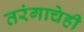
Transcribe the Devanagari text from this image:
तरंगाचेही